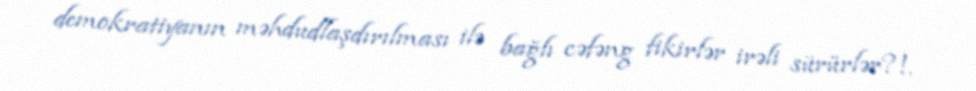
demokratiyanın məhdudlaşdırılması ilə bağlı cəfəng fikirlər irəli sürürlər?!.